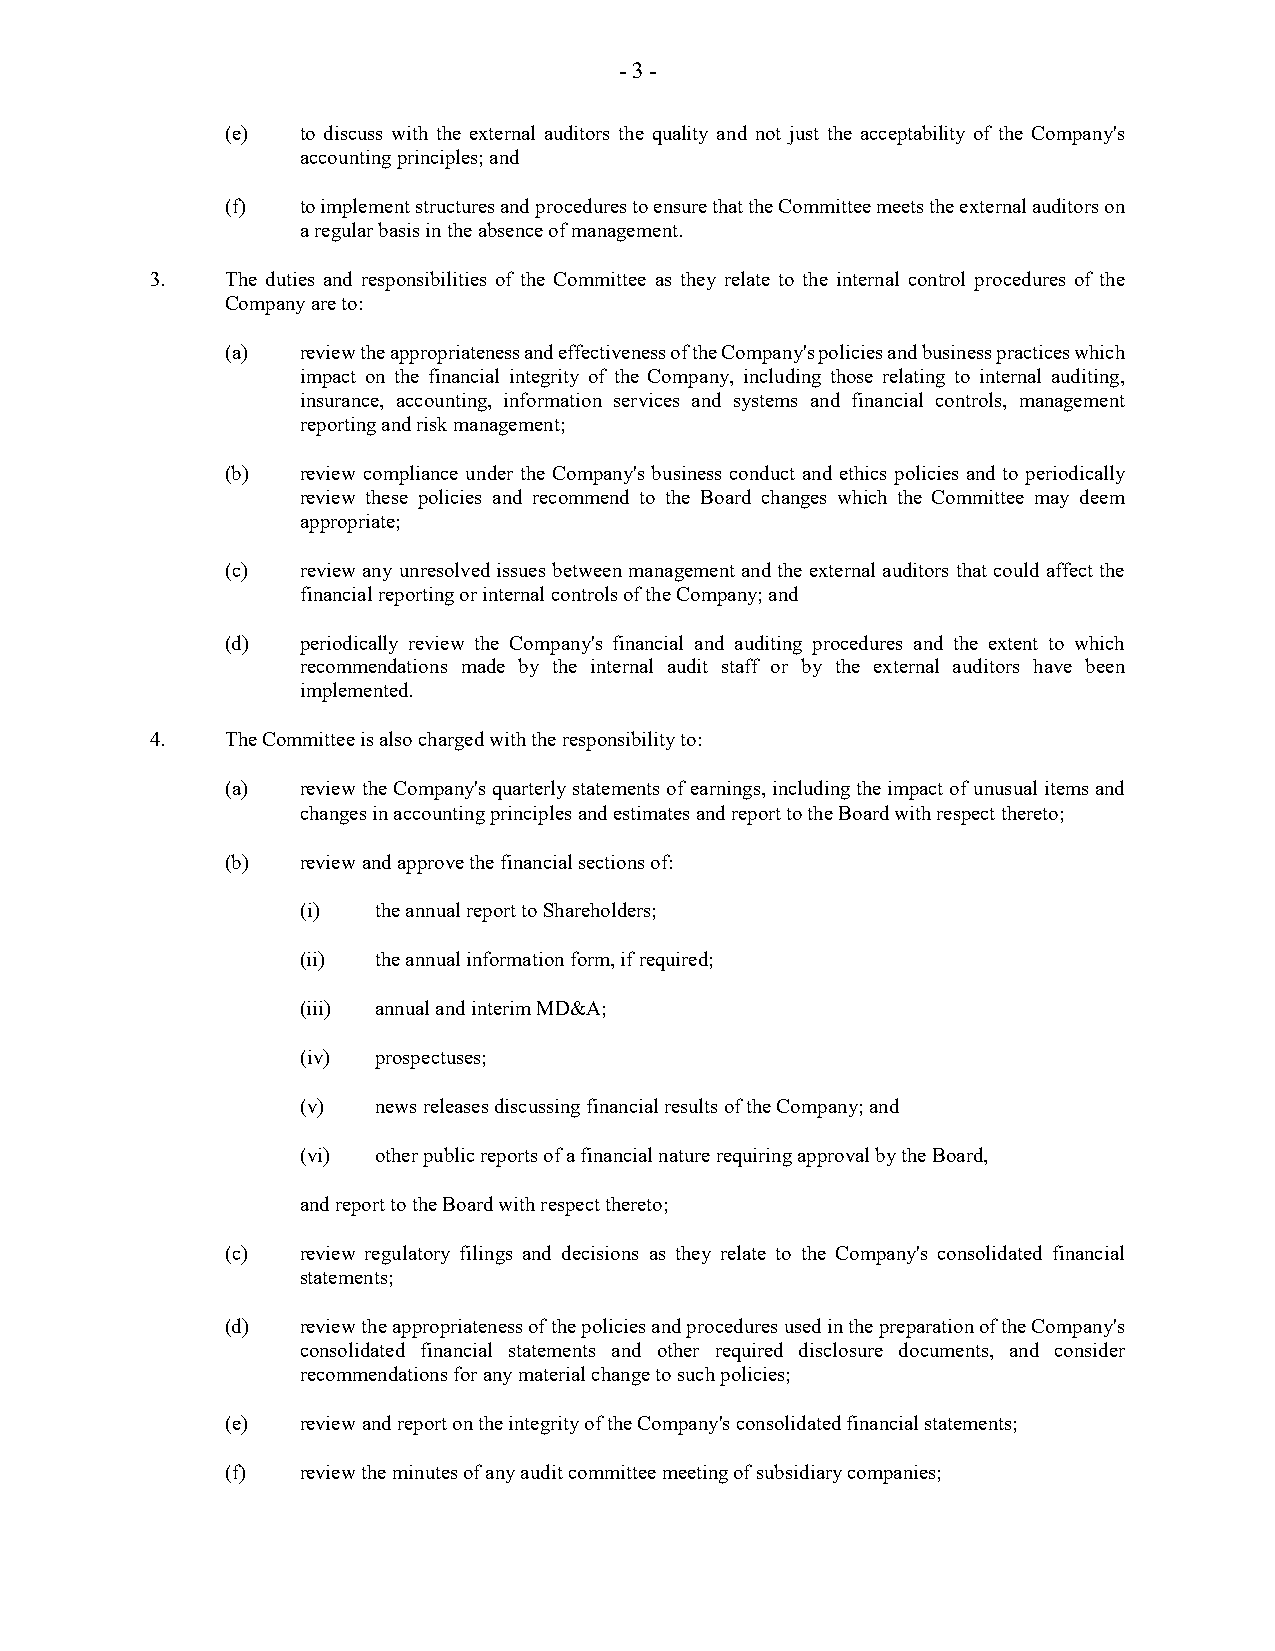
- 3 -
 (e)  to discuss with the external auditors the quality and not just the acceptability of the Company's
 accounting principles; and
 (f)  to implement structures and procedures to ensure that the Committee meets the external auditors on
 a regular basis in the absence of management.
 3.   The duties and responsibilities of the Committee as they relate to the internal control procedures of the
 Company are to:
 (a)  review the appropriateness and effectiveness of the Company's policies and business practices which
 impact on the financial integrity of the Company, including those relating to internal auditing,
 insurance, accounting, information services and systems and financial controls, management
 reporting and risk management;
 (b)  review compliance under the Company's business conduct and ethics policies and to periodically
 review these policies and recommend to the Board changes which the Committee may deem
 appropriate;
 (c)  review any unresolved issues between management and the external auditors that could affect the
 financial reporting or internal controls of the Company; and
 (d)  periodically review the Company's financial and auditing procedures and the extent to which
 recommendations made by the internal audit staff or by the external auditors have been
 implemented.
 4.   The Committee is also charged with the responsibility to:
 (a)  review the Company's quarterly statements of earnings, including the impact of unusual items and
 changes in accounting principles and estimates and report to the Board with respect thereto;
 (b)  review and approve the financial sections of:
 (i)  the annual report to Shareholders;
 (ii) the annual information form, if required;
 (iii) annual and interim MD&A;
 (iv) prospectuses;
 (v)  news releases discussing financial results of the Company; and
 (vi) other public reports of a financial nature requiring approval by the Board,
 and report to the Board with respect thereto;
 (c)  review regulatory filings and decisions as they relate to the Company's consolidated financial
 statements;
 (d)  review the appropriateness of the policies and procedures used in the preparation of the Company's
 consolidated financial statements and other required disclosure documents, and consider
 recommendations for any material change to such policies;
 (e)  review and report on the integrity of the Company's consolidated financial statements;
 (f)  review the minutes of any audit committee meeting of subsidiary companies;